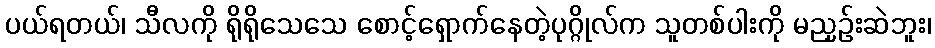
ပယ်ရတယ်၊ သီလကို ရိုရိုသေသေ စောင့်ရှောက်နေတဲ့ပုဂ္ဂိုလ်က သူတစ်ပါးကို မညှဉ်းဆဲဘူး၊